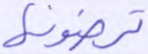
ترضونها